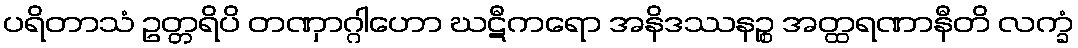
ပရိတာသံ ဥတ္တရိပိ တဏှာဂ္ဂါဟော ဃဋီကရော အနိဒဿနဉ္စ အတ္ထရဏာနီတိ လက္ခံ